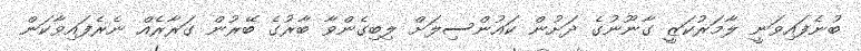
ބުނެފައިވަނީ ލާމަރުކަޒީ ގާނޫނުގެ ދަށުން ކައުންސިލަށް ލިބިގެންވާ ބާރުގެ ބޭރުން ގަރާރެއް ނެރެފައިވާކަން